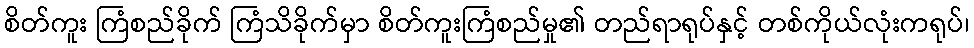
စိတ်ကူး ကြံစည်ခိုက် ကြံသိခိုက်မှာ စိတ်ကူးကြံစည်မှု၏ တည်ရာရုပ်နှင့် တစ်ကိုယ်လုံးကရုပ်၊